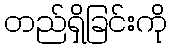
တည်ရှိခြင်းကို